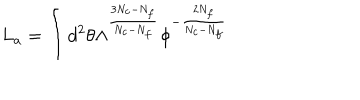
L _ { a } = \int d ^ { 2 } \theta \Lambda ^ { \frac { 3 N _ { c } - N _ { f } } { N _ { c } - N _ { f } } } \phi ^ { - \frac { 2 N _ { f } } { N _ { c } - N _ { f } } }